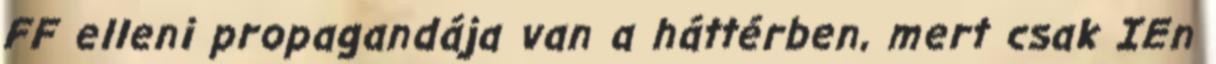
FF elleni propagandája van a háttérben, mert csak IEn